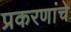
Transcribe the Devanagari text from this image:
प्रकरणांचे